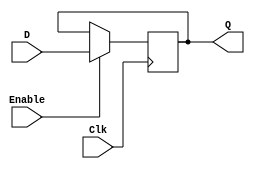
module d_latch(
    input D,
    input Clk,
    input Enable,
    output reg Q
);

always @(posedge Clk) begin
    if (Enable) begin
        Q <= D;
    end
end

endmodule